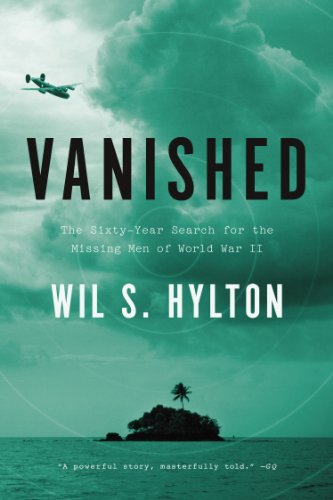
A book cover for Vanished: The Sixty-Year Search for the Missing Men of World War II; Wil S. Hylton; History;